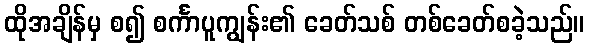
ထိုအချိန်မှ စ၍ စင်္ကာပူကျွန်း၏ ခေတ်သစ် တစ်ခေတ်စခဲ့သည်။